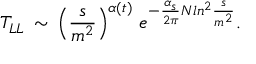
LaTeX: T _ { L L } \, \sim \, \left( \frac { s } { m ^ { 2 } } \right) ^ { \alpha ( t ) } \, e ^ { - \frac { \alpha _ { s } } { 2 \pi } N l n ^ { 2 } \frac { s } { m ^ { 2 } } } .